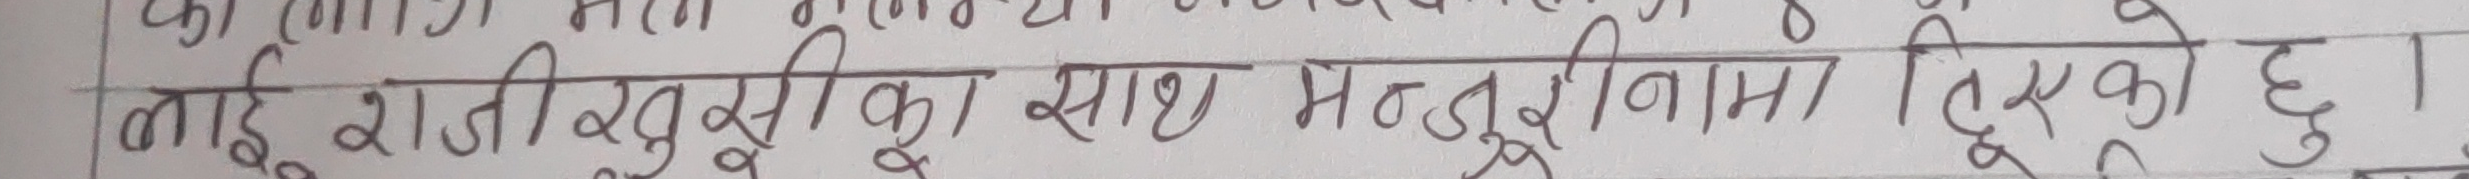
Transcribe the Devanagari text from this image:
नाईरजी खुशीका साथ् मसूरी वामा दिएको छु।